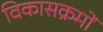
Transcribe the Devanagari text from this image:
विकासक्रमों